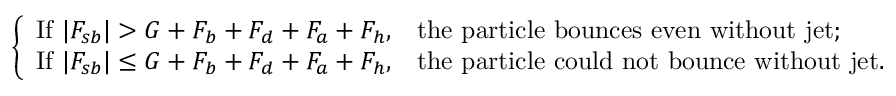
\left\{ \begin{array} { l l } { \mathrm { I f } ~ | F _ { s b } | > G + F _ { b } + F _ { d } + F _ { a } + F _ { h } , } & { \mathrm { t h e ~ p a r t i c l e ~ b o u n c e s ~ e v e n ~ w i t h o u t ~ j e t ; } } \\ { \mathrm { I f } ~ | F _ { s b } | \leq G + F _ { b } + F _ { d } + F _ { a } + F _ { h } , } & { \mathrm { t h e ~ p a r t i c l e ~ c o u l d ~ n o t ~ b o u n c e ~ w i t h o u t ~ j e t . } } \end{array} \right.